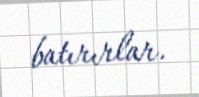
batırırlar.